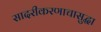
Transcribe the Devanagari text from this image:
सादरीकरणाचासुद्धा